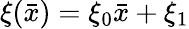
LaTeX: \xi(\bar{x})=\xi_{0}\bar{x}+\xi_{1}